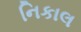
નિકાલ